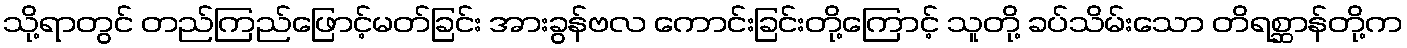
သို့ရာတွင် တည်ကြည်ဖြောင့်မတ်ခြင်း အားခွန်ဗလ ကောင်းခြင်းတို့ကြောင့် သူတို့ ခပ်သိမ်းသော တိရစ္ဆာန်တို့က